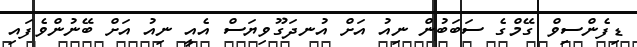
ޑިފެންސިވް ގޭމްގެ ސަބަބުން ނިއު އަށް އުނދަގޫވިޔަސް އެއީ ނިއު އަށް ބޭނުންވެފައި